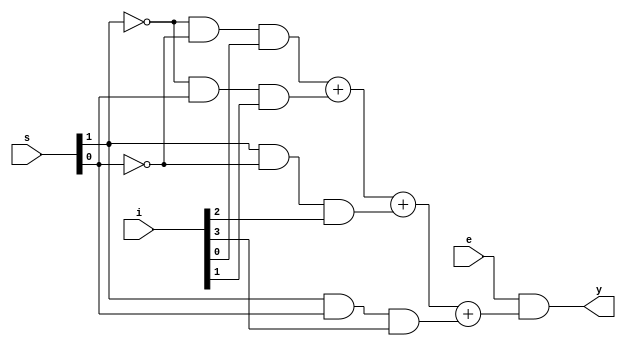
module _4x1_multiplexer(y, i, s, e);
	
	input [3:0] i;
	input [1:0] s;
	input e; // enable

	output y;

	assign y = e&((~s[1]&~s[0]&i[0]) + (~s[1]&s[0]&i[1]) + (s[1]&~s[0]&i[2]) + (s[1]&s[0]&i[3]));

endmodule